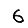
Digit: 6